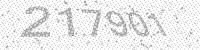
Solution: 217901